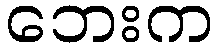
ဘေးက